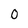
Character: 0